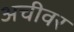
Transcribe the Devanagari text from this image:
अचीवर